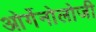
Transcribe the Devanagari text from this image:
ओर्गेनोलोजी